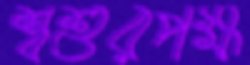
শ্বশুরপক্ষ